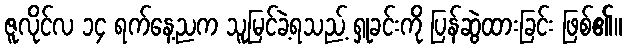
ဇူလိုင်လ ၁၄ ရက်နေ့ညက သူမြင်ခဲ့ရသည့် ရှုခင်းကို ပြန်ဆွဲထားခြင်း ဖြစ်၏။